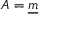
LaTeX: A = { \underline { { m } } }